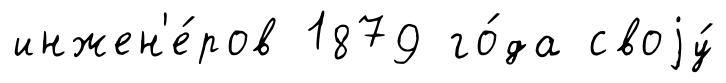
инжен'е́ров 1879 го́да своjу́